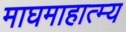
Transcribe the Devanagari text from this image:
माघमाहात्म्य